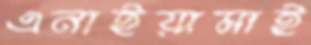
এনাইয়ামাই